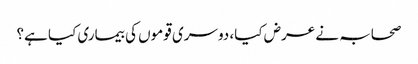
صحابہ نے عرض کیا، دوسری قوموں کی بیماری کیا ہے؟